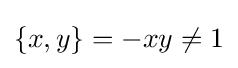
\{x,y\}=-xy\neq 1